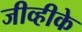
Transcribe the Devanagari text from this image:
जीव्हीके